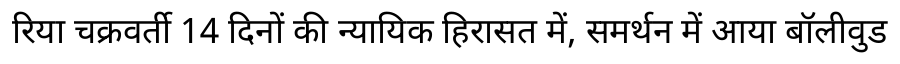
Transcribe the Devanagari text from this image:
रिया चक्रवर्ती 14 दिनों की न्यायिक हिरासत में, समर्थन में आया बॉलीवुड